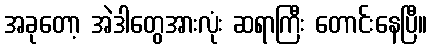
အခုတော့ အဲဒါတွေအားလုံး ဆရာကြီး တောင်းနေပြီ။